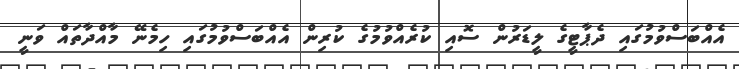
އެއްބަސްވުމުގައި ދެޕާޓީގެ ލީޑަރުން ސޮއި ކުރެއްވުމުގެ ކުރިން އެއްބަސްވުމުގައި ހިމެނޭ މާއްދާތައް ވަނީ